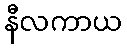
နီလကာယ